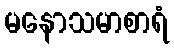
မနောသမာစာရံ